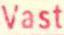
Vast